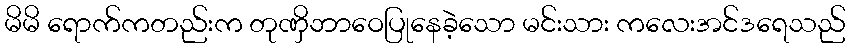
မိမိ ရောက်ကတည်းက တုဏှိဘာဝေပြုနေခဲ့သော မင်းသား ကလေးအင်ဒရေသည်